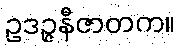
ဥဒဉ္ဇနီဇာတက။